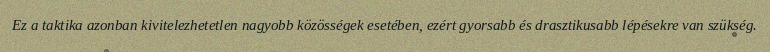
Ez a taktika azonban kivitelezhetetlen nagyobb közösségek esetében, ezért gyorsabb és drasztikusabb lépésekre van szükség.